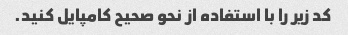
کد زیر را با استفاده از نحو صحیح کامپایل کنید.